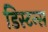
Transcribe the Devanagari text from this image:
डिस्टन्स